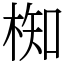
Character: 椥